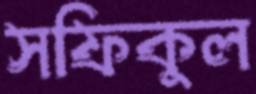
সফিকুল